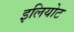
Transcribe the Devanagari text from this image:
इलियोट